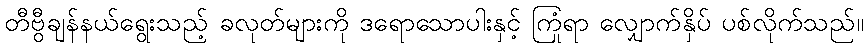
တီဗွီချန်နယ်ရွေးသည့် ခလုတ်များကို ဒရောသောပါးနှင့် ကြုံရာ လျှောက်နှိပ် ပစ်လိုက်သည်။